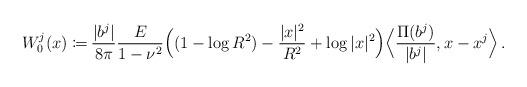
LaTeX: \begin{align*}\begin{aligned}W^j_0(x)\coloneqq&\, \frac{|b^j|}{8\pi}\frac{E}{1-\nu^2}\Big((1-\log R^2)-\frac{|x|^2}{R^2}+\log|x|^2\Big)\Big\langle\frac{\Pi(b^j)}{|b^j|},x-x^j\Big\rangle\,.\end{aligned}\end{align*}